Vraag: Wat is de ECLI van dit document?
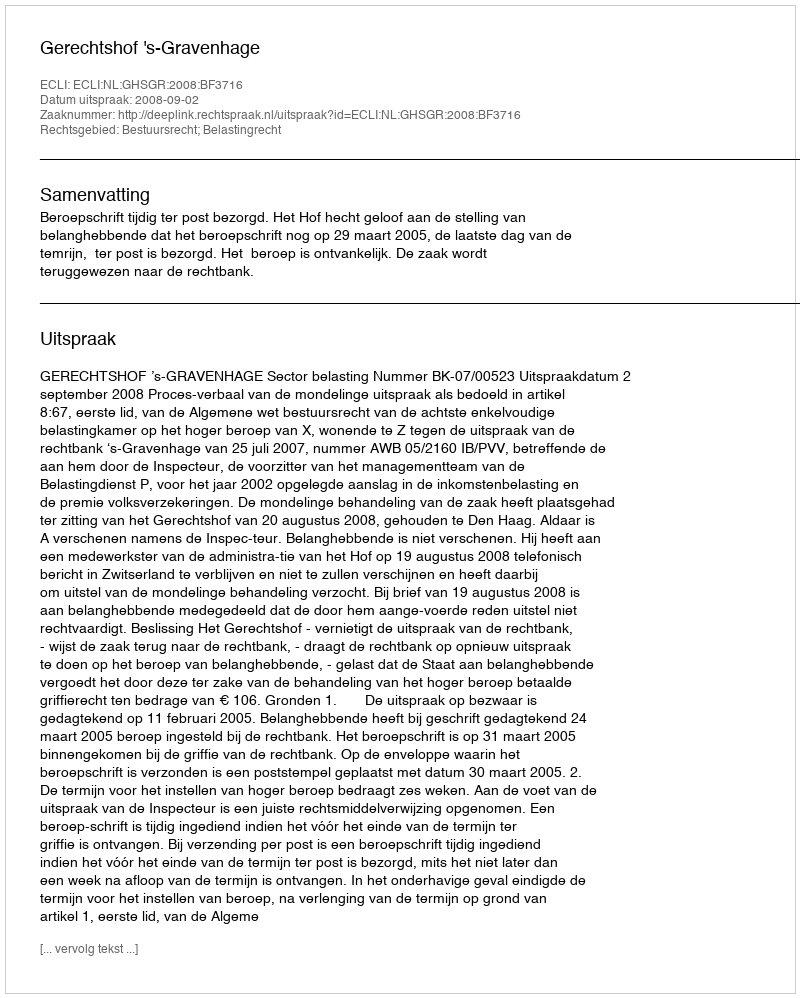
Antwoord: ECLI:NL:GHSGR:2008:BF3716